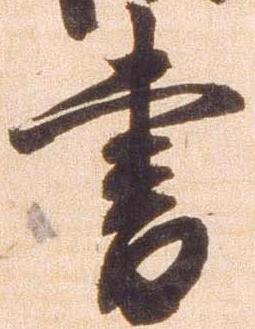
書